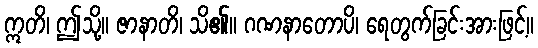
ဣတိ၊ ဤသို့။ ဇာနာတိ၊ သိ၏။ ဂဏနာတောပိ၊ ရေတွက်ခြင်းအားဖြင့်။